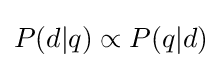
P(d|q)\propto P(q|d)